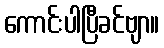
ကောင်းပါပြီခင်ဗျာ။